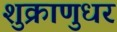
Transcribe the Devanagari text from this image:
शुक्राणुधर